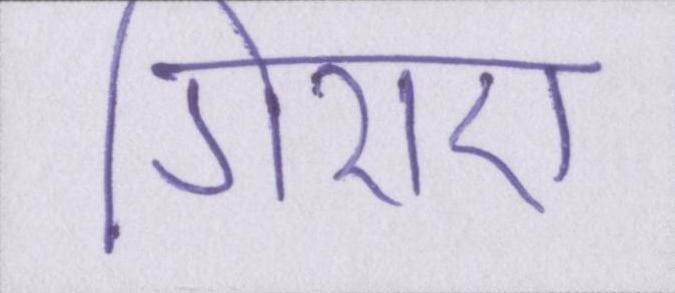
गिराए